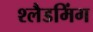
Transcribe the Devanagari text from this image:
श्लैडमिंग